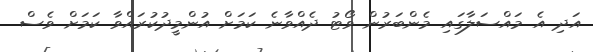
އަދި އެ މައްސަލާގައި މެންބަރުން ވޯޓު ދެއްވާނެ ކަމަށް އުންމީދުކުރައްވާ ކަމަށް ވެސް